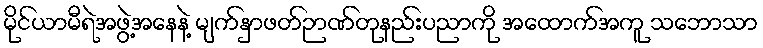
မိုင်ယာမီရဲအဖွဲ့အနေနဲ့ မျက်နှာဖတ်ဉာဏ်တုနည်းပညာကို အထောက်အကူ သဘောသာ